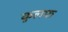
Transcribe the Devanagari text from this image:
कुलफ